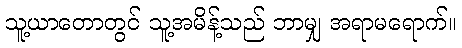
သူ့ယာတောတွင် သူ့အမိန့်သည် ဘာမျှ အရာမရောက်။